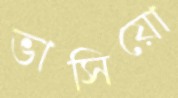
ভাসিয়ো